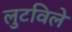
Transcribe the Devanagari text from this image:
लुटविले